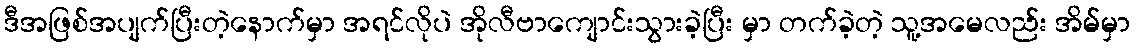
ဒီအဖြစ်အပျက်ပြီးတဲ့နောက်မှာ အရင်လိုပဲ အိုလီဗာကျောင်းသွားခဲ့ပြီး မှာ တက်ခဲ့တဲ့ သူ့အမေလည်း အိမ်မှာ